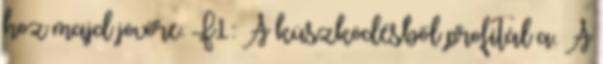
hoz majd jövőre. F1: A küszködésből profitál a. A